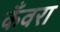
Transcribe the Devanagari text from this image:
कँवरा